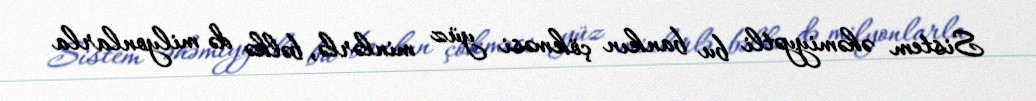
Sistem əhəmiyyətli bu bankın çökməsi yüz minlərlə, bəlkə də milyonlarla